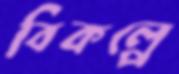
বিকল্পে